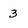
Character: 3